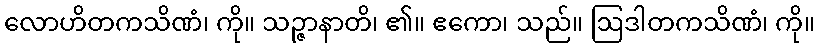
လောဟိတကသိဏံ၊ ကို။ သဉ္ဇာနာတိ၊ ၏။ ဧကော၊ သည်။ ဩဒါတကသိဏံ၊ ကို။